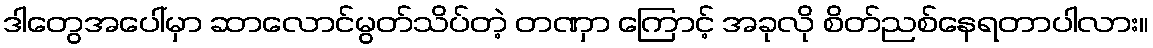
ဒါတွေအပေါ်မှာ ဆာလောင်မွတ်သိပ်တဲ့ တဏှာ ကြောင့် အခုလို စိတ်ညစ်နေရတာပါလား။